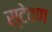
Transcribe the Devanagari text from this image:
स्टेवण